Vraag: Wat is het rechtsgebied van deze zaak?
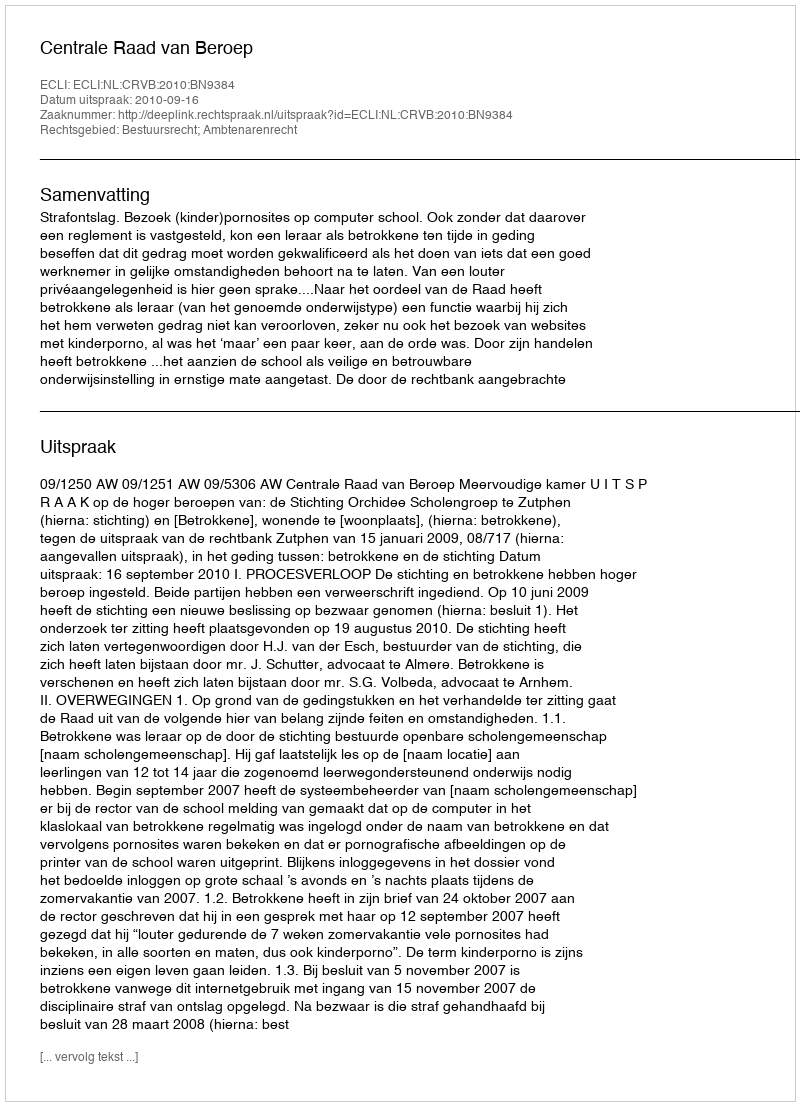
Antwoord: Bestuursrecht; Ambtenarenrecht